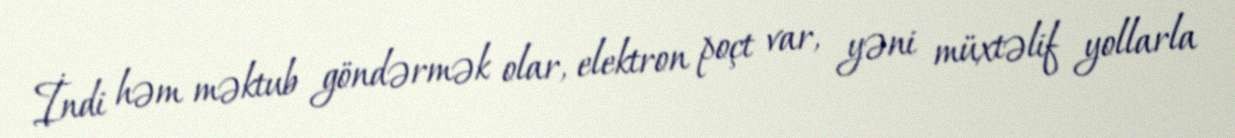
İndi həm məktub göndərmək olar, elektron poçt var, yəni müxtəlif yollarla